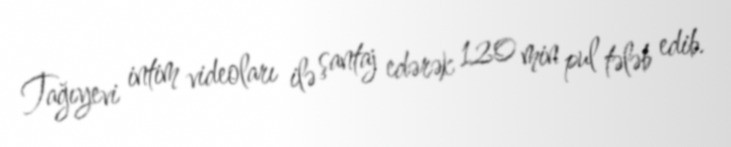
Tağıyevi intim videoları ilə şantaj edərək 120 min pul tələb edib.